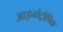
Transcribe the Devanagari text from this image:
आइनोट्रोपिक